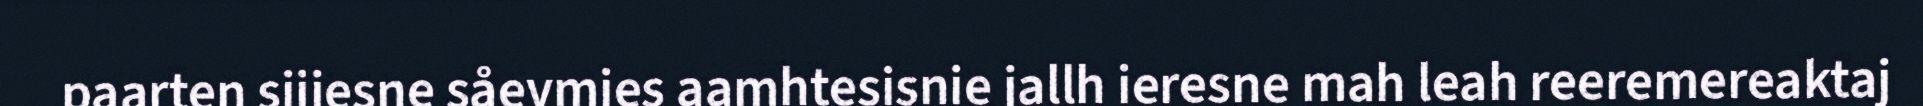
paarten sijjesne såevmies aamhtesisnie jallh ieresne mah leah reeremereaktaj